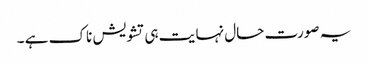
یہ صورت حال نہا یت ہی تشویش ناک ہے ۔